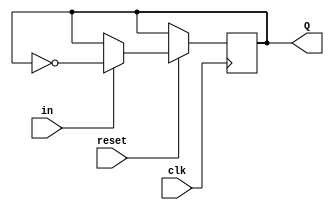
module T_FF(
    input in,
    input clk,
    input reset,
    output Q//arguements
);

reg Q=1'b0;

always @(posedge clk) begin
    if(~reset)
        out <= 0;
    else if(in == 1)
        Q <= ~Q;
    else
        Q <= Q; 
end

endmodule